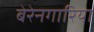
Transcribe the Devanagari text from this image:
बेरेनगारिया